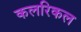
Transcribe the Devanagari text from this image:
कलरिकल